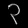
Digit: ၃